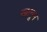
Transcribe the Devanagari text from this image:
खानूम